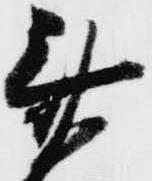
斎